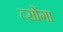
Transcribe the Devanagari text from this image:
त्सोंगा